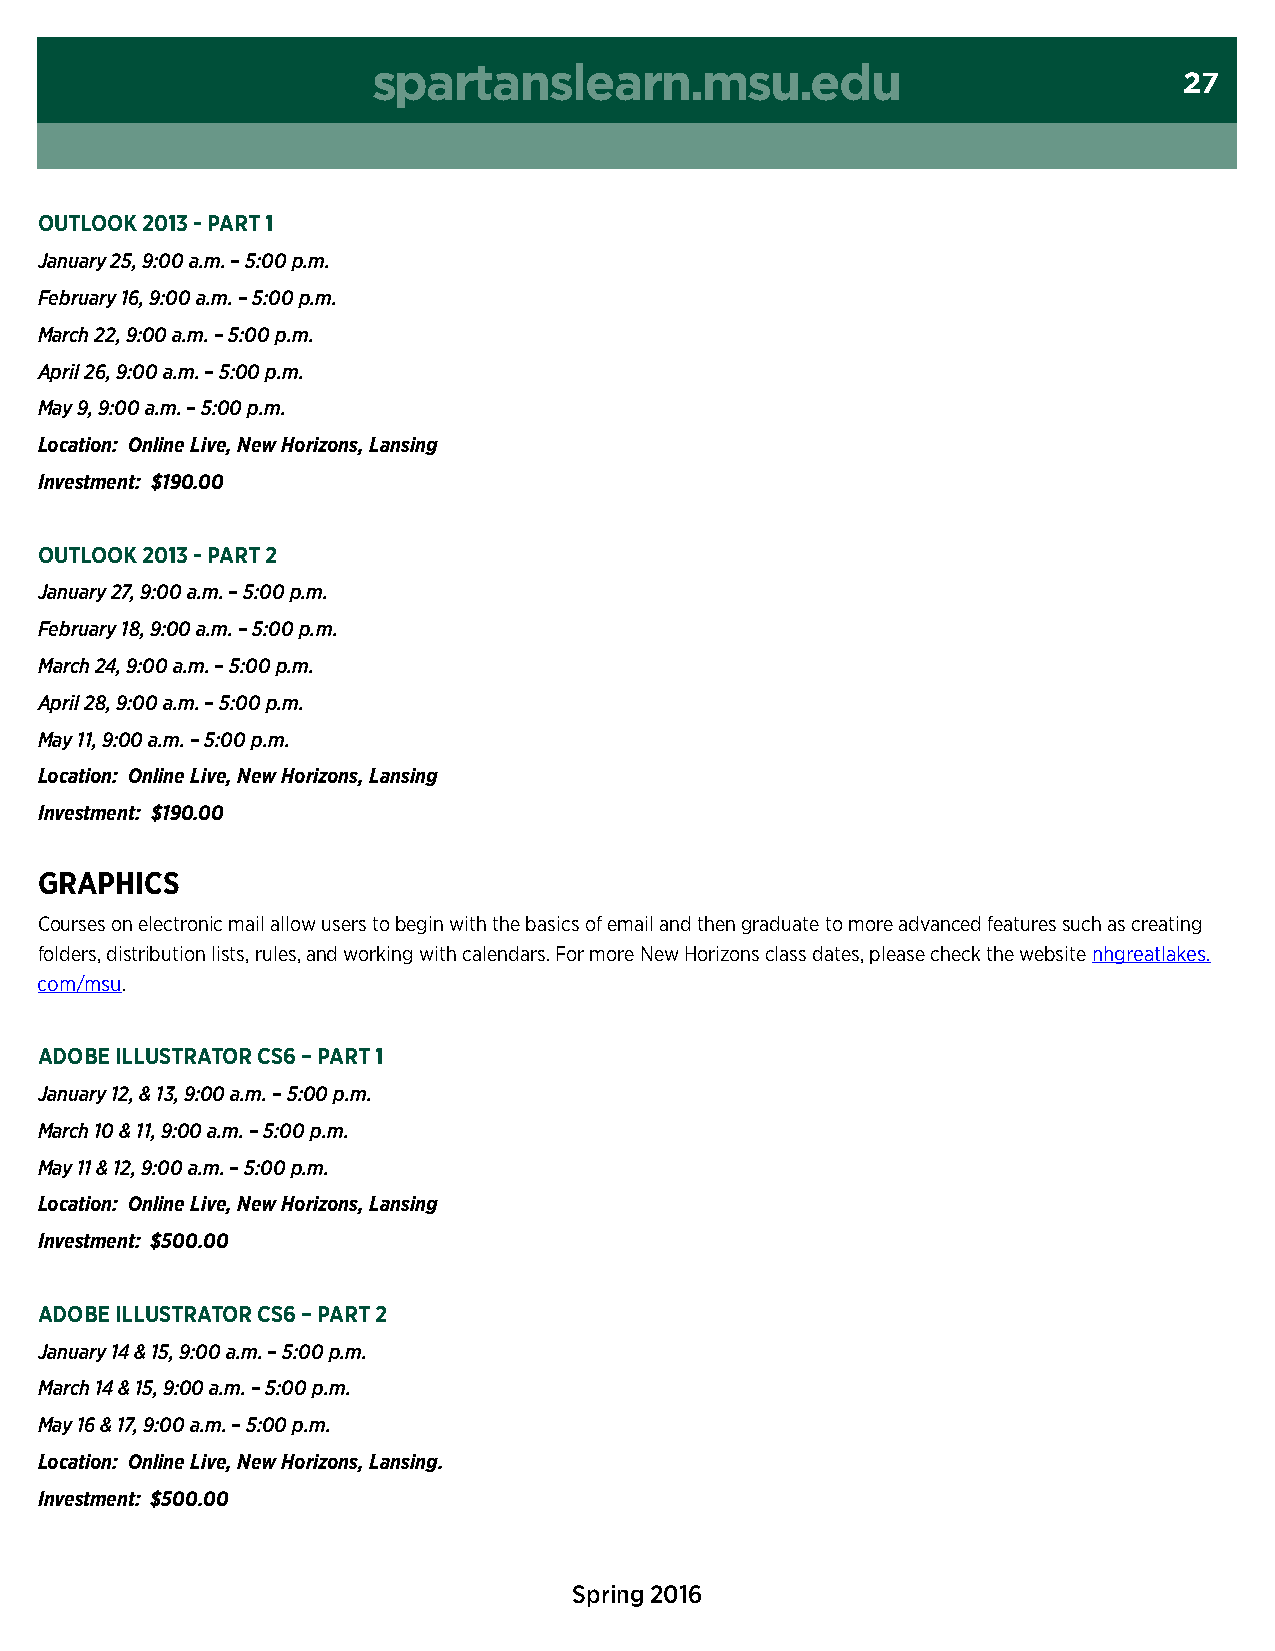
spartanslearn.msu.edu
 27
 OUtlOOK 2013 - Part 1
 January 25, 9:00 a.m. – 5:00 p.m.
 February 16, 9:00 a.m. – 5:00 p.m.
 March 22, 9:00 a.m. – 5:00 p.m.
 April 26, 9:00 a.m. – 5:00 p.m.
 May 9, 9:00 a.m. – 5:00 p.m.
 Location: Online Live, New Horizons, Lansing
 Investment: $190.00
 OUtlOOK 2013 - Part 2
 January 27, 9:00 a.m. – 5:00 p.m.
 February 18, 9:00 a.m. – 5:00 p.m.
 March 24, 9:00 a.m. – 5:00 p.m.
 April 28, 9:00 a.m. – 5:00 p.m.
 May 11, 9:00 a.m. – 5:00 p.m.
 Location: Online Live, New Horizons, Lansing
 Investment: $190.00
 graPHics
 courses on electronic mail allow users to begin with the basics of email and then graduate to more advanced features such as creating
 folders, distribution lists, rules, and working with calendars. For more new Horizons class dates, please check the website nhgreatlakes.
 com/msu.
 adOBe illUstratOr cs6 – Part 1
 January 12, & 13, 9:00 a.m. – 5:00 p.m.
 March 10 & 11, 9:00 a.m. – 5:00 p.m.
 May 11 & 12, 9:00 a.m. – 5:00 p.m.
 Location: Online Live, New Horizons, Lansing
 Investment: $500.00
 adOBe illUstratOr cs6 – Part 2
 January 14 & 15, 9:00 a.m. – 5:00 p.m.
 March 14 & 15, 9:00 a.m. – 5:00 p.m.
 May 16 & 17, 9:00 a.m. – 5:00 p.m.
 Location: Online Live, New Horizons, Lansing.
 Investment: $500.00
 Spring 2016